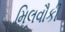
મિલવૌકી